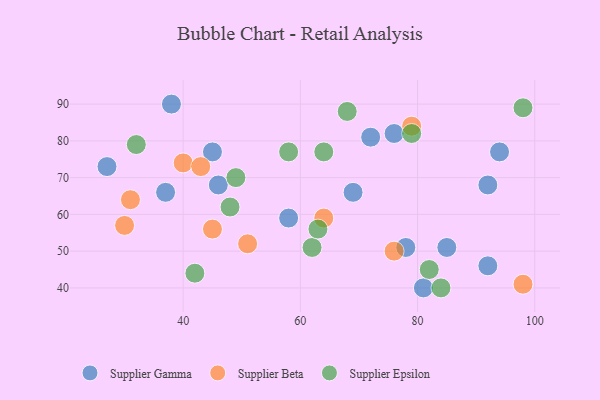
{"axis": {"x": "GDP", "y": "Life Expectancy"}, "legend": ["Supplier Beta", "Supplier Epsilon", "Supplier Gamma"], "data": [{"x": "92", "y": 68, "type": "Supplier Gamma"}, {"x": "58", "y": 59, "type": "Supplier Gamma"}, {"x": "46", "y": 68, "type": "Supplier Gamma"}, {"x": "72", "y": 81, "type": "Supplier Gamma"}, {"x": "81", "y": 40, "type": "Supplier Gamma"}, {"x": "27", "y": 73, "type": "Supplier Gamma"}, {"x": "76", "y": 82, "type": "Supplier Gamma"}, {"x": "92", "y": 46, "type": "Supplier Gamma"}, {"x": "37", "y": 66, "type": "Supplier Gamma"}, {"x": "69", "y": 66, "type": "Supplier Gamma"}, {"x": "45", "y": 77, "type": "Supplier Gamma"}, {"x": "85", "y": 51, "type": "Supplier Gamma"}, {"x": "94", "y": 77, "type": "Supplier Gamma"}, {"x": "78", "y": 51, "type": "Supplier Gamma"}, {"x": "38", "y": 90, "type": "Supplier Gamma"}, {"x": "40", "y": 74, "type": "Supplier Beta"}, {"x": "64", "y": 59, "type": "Supplier Beta"}, {"x": "43", "y": 73, "type": "Supplier Beta"}, {"x": "79", "y": 84, "type": "Supplier Beta"}, {"x": "98", "y": 41, "type": "Supplier Beta"}, {"x": "51", "y": 52, "type": "Supplier Beta"}, {"x": "30", "y": 57, "type": "Supplier Beta"}, {"x": "45", "y": 56, "type": "Supplier Beta"}, {"x": "31", "y": 64, "type": "Supplier Beta"}, {"x": "76", "y": 50, "type": "Supplier Beta"}, {"x": "68", "y": 88, "type": "Supplier Epsilon"}, {"x": "48", "y": 62, "type": "Supplier Epsilon"}, {"x": "49", "y": 70, "type": "Supplier Epsilon"}, {"x": "79", "y": 82, "type": "Supplier Epsilon"}, {"x": "62", "y": 51, "type": "Supplier Epsilon"}, {"x": "58", "y": 77, "type": "Supplier Epsilon"}, {"x": "98", "y": 89, "type": "Supplier Epsilon"}, {"x": "84", "y": 40, "type": "Supplier Epsilon"}, {"x": "82", "y": 45, "type": "Supplier Epsilon"}, {"x": "63", "y": 56, "type": "Supplier Epsilon"}, {"x": "42", "y": 44, "type": "Supplier Epsilon"}, {"x": "32", "y": 79, "type": "Supplier Epsilon"}, {"x": "64", "y": 77, "type": "Supplier Epsilon"}]}